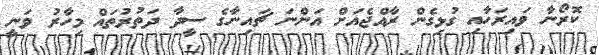
ކޮރޯނާ ވައިރަހާއި ގުޅިގެން ރާއްޖެއަށް އަންނަ ޗައިނާގެ ސީދާ ދަތުރުތައް މިހާރު ވަނީ